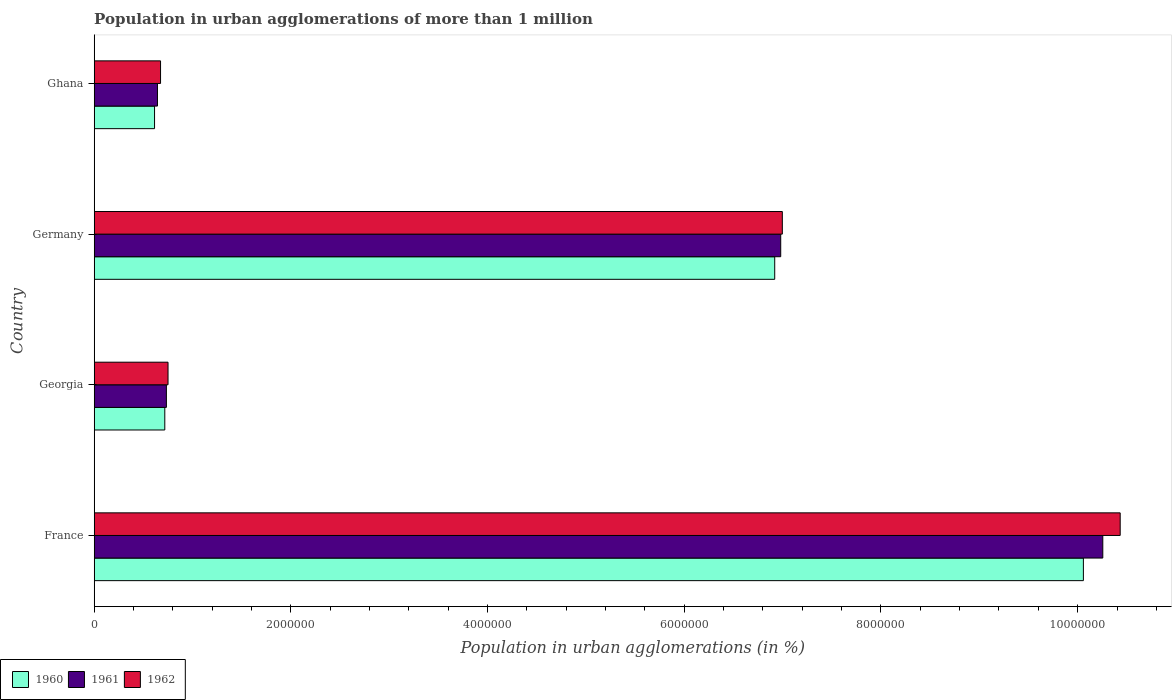
| Country | 1960 | 1961 | 1962 |
 | --- | --- | --- | --- |
 | France | 1.01e+07 | 1.03e+07 | 1.04e+07 |
 | Georgia | 7.18e+05 | 7.34e+05 | 7.51e+05 |
 | Germany | 6.92e+06 | 6.98e+06 | 7e+06 |
 | Ghana | 6.14e+05 | 6.43e+05 | 6.75e+05 |